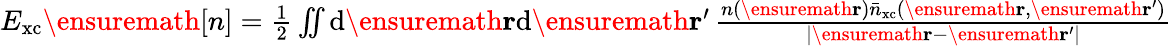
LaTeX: \begin{array}{r}{E_{\mathrm{xc}}\ensuremath{[n]}=\frac{1}{2}\iint\mathrm{d}\ensuremath{\mathbf{r}}\mathrm{d}\ensuremath{\mathbf{r}}^{\prime}\, \frac{n(\ensuremath{\mathbf{r}})\bar{n}_{\mathrm{xc}}(\ensuremath{\mathbf{r}},\ensuremath{\mathbf{r}}^{\prime})}{|\ensuremath{\mathbf{r}}-\ensuremath{\mathbf{r}}^{\prime}|}}\end{array}